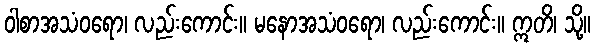
ဝါစာအသံဝရော၊ လည်းကောင်း။ မနောအသံဝရော၊ လည်းကောင်း။ ဣတိ၊ သို့။